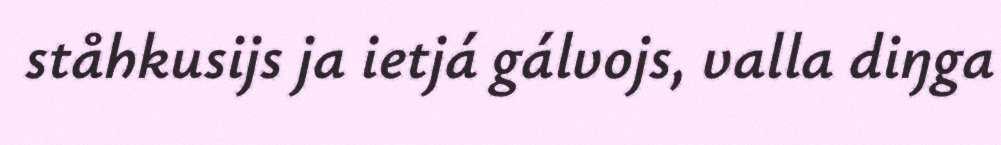
ståhkusijs ja ietjá gálvojs, valla diŋga